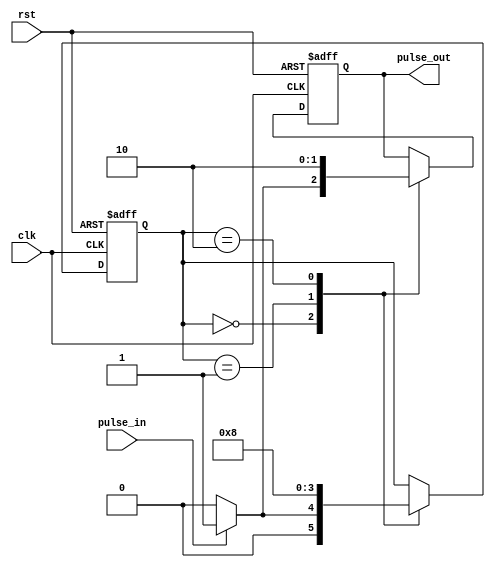
module PulseSynchronizer (
    input wire clk,
    input wire rst,
    input wire pulse_in,
    output reg pulse_out
);

reg pulse_sync;
reg [1:0] state;

always @(posedge clk or posedge rst) begin
    if (rst) begin
        pulse_sync <= 0;
        state <= 2'b00;
    end else begin
        case (state)
            2'b00: begin
                if (pulse_in) begin
                    pulse_sync <= 1;
                    state <= 2'b01;
                end else begin
                    pulse_sync <= 0;
                    state <= 2'b00;
                end
            end
            2'b01: begin
                pulse_sync <= 1;
                state <= 2'b10;
            end
            2'b10: begin
                pulse_sync <= 0;
                state <= 2'b00;
            end
        endcase
    end
end

assign pulse_out = pulse_sync;

endmodule